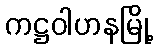
ကဋ္ဌဝါဟနမြို့